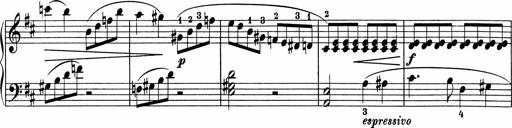
Title: 5 Sonatinen fÃ¼r die Jugend
Composer: Carl Reinecke